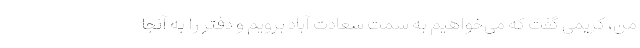
من، کریمی گفت که می‌خواهیم به سمت سعادت آباد برویم و دفتر را به آنجا